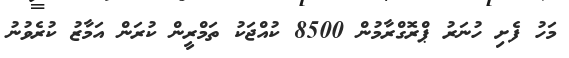
މަހު ފެށި ހުނަރު ޕްރޮގްރާމުން 8500 ކުއްޖަކު ތަމްރީން ކުރަން އަމާޒު ކުރެވުނު